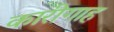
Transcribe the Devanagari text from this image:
कारीगाह